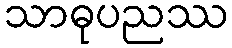
သာဓုပညဿ